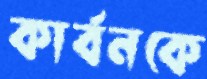
কার্বনকে